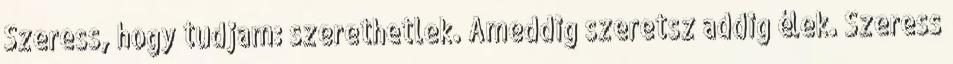
Szeress, hogy tudjam: szerethetlek. Ameddig szeretsz addig élek. Szeress